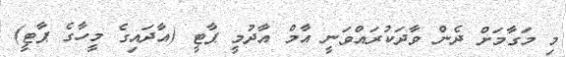
މި މަގާމަށް ދެން ވާދަކުރައްވަނީ އާމް އާދުމީ ޕާޓީ (އާދައިގެ މީހާގެ ޕާޓީ)